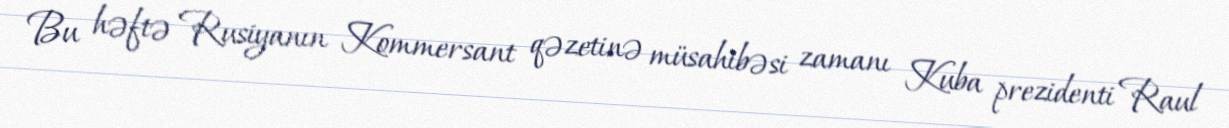
Bu həftə Rusiyanın Kommersant qəzetinə müsahibəsi zamanı Kuba prezidenti Raul